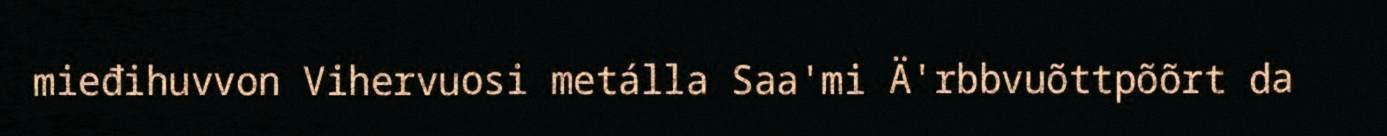
mieđihuvvon Vihervuosi metálla Saa'mi Ä'rbbvuõttpõõrt da